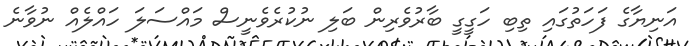
އަނިޔާގެ ފަހަތުގައި ތިބި ހަގީގީ ބާރުވެރިން ބަލި ނުކުރެވެނީސް މައްސަލަ ހައްލެއް ނުވާނެ